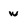
Character: w